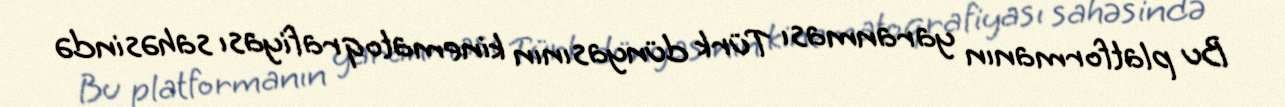
Bu platformanın yaranması Türk dünyasının kinematoqrafiyası sahəsində